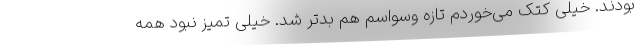
بودند. خیلی کتک می‌خوردم تازه وسواسم هم بدتر شد. خیلی تمیز نبود همه